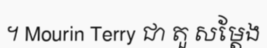
។ Mourin Terry ជា តួ សម្តែង